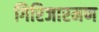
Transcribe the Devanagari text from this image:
गिरिजारमण